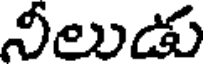
నీలుడు